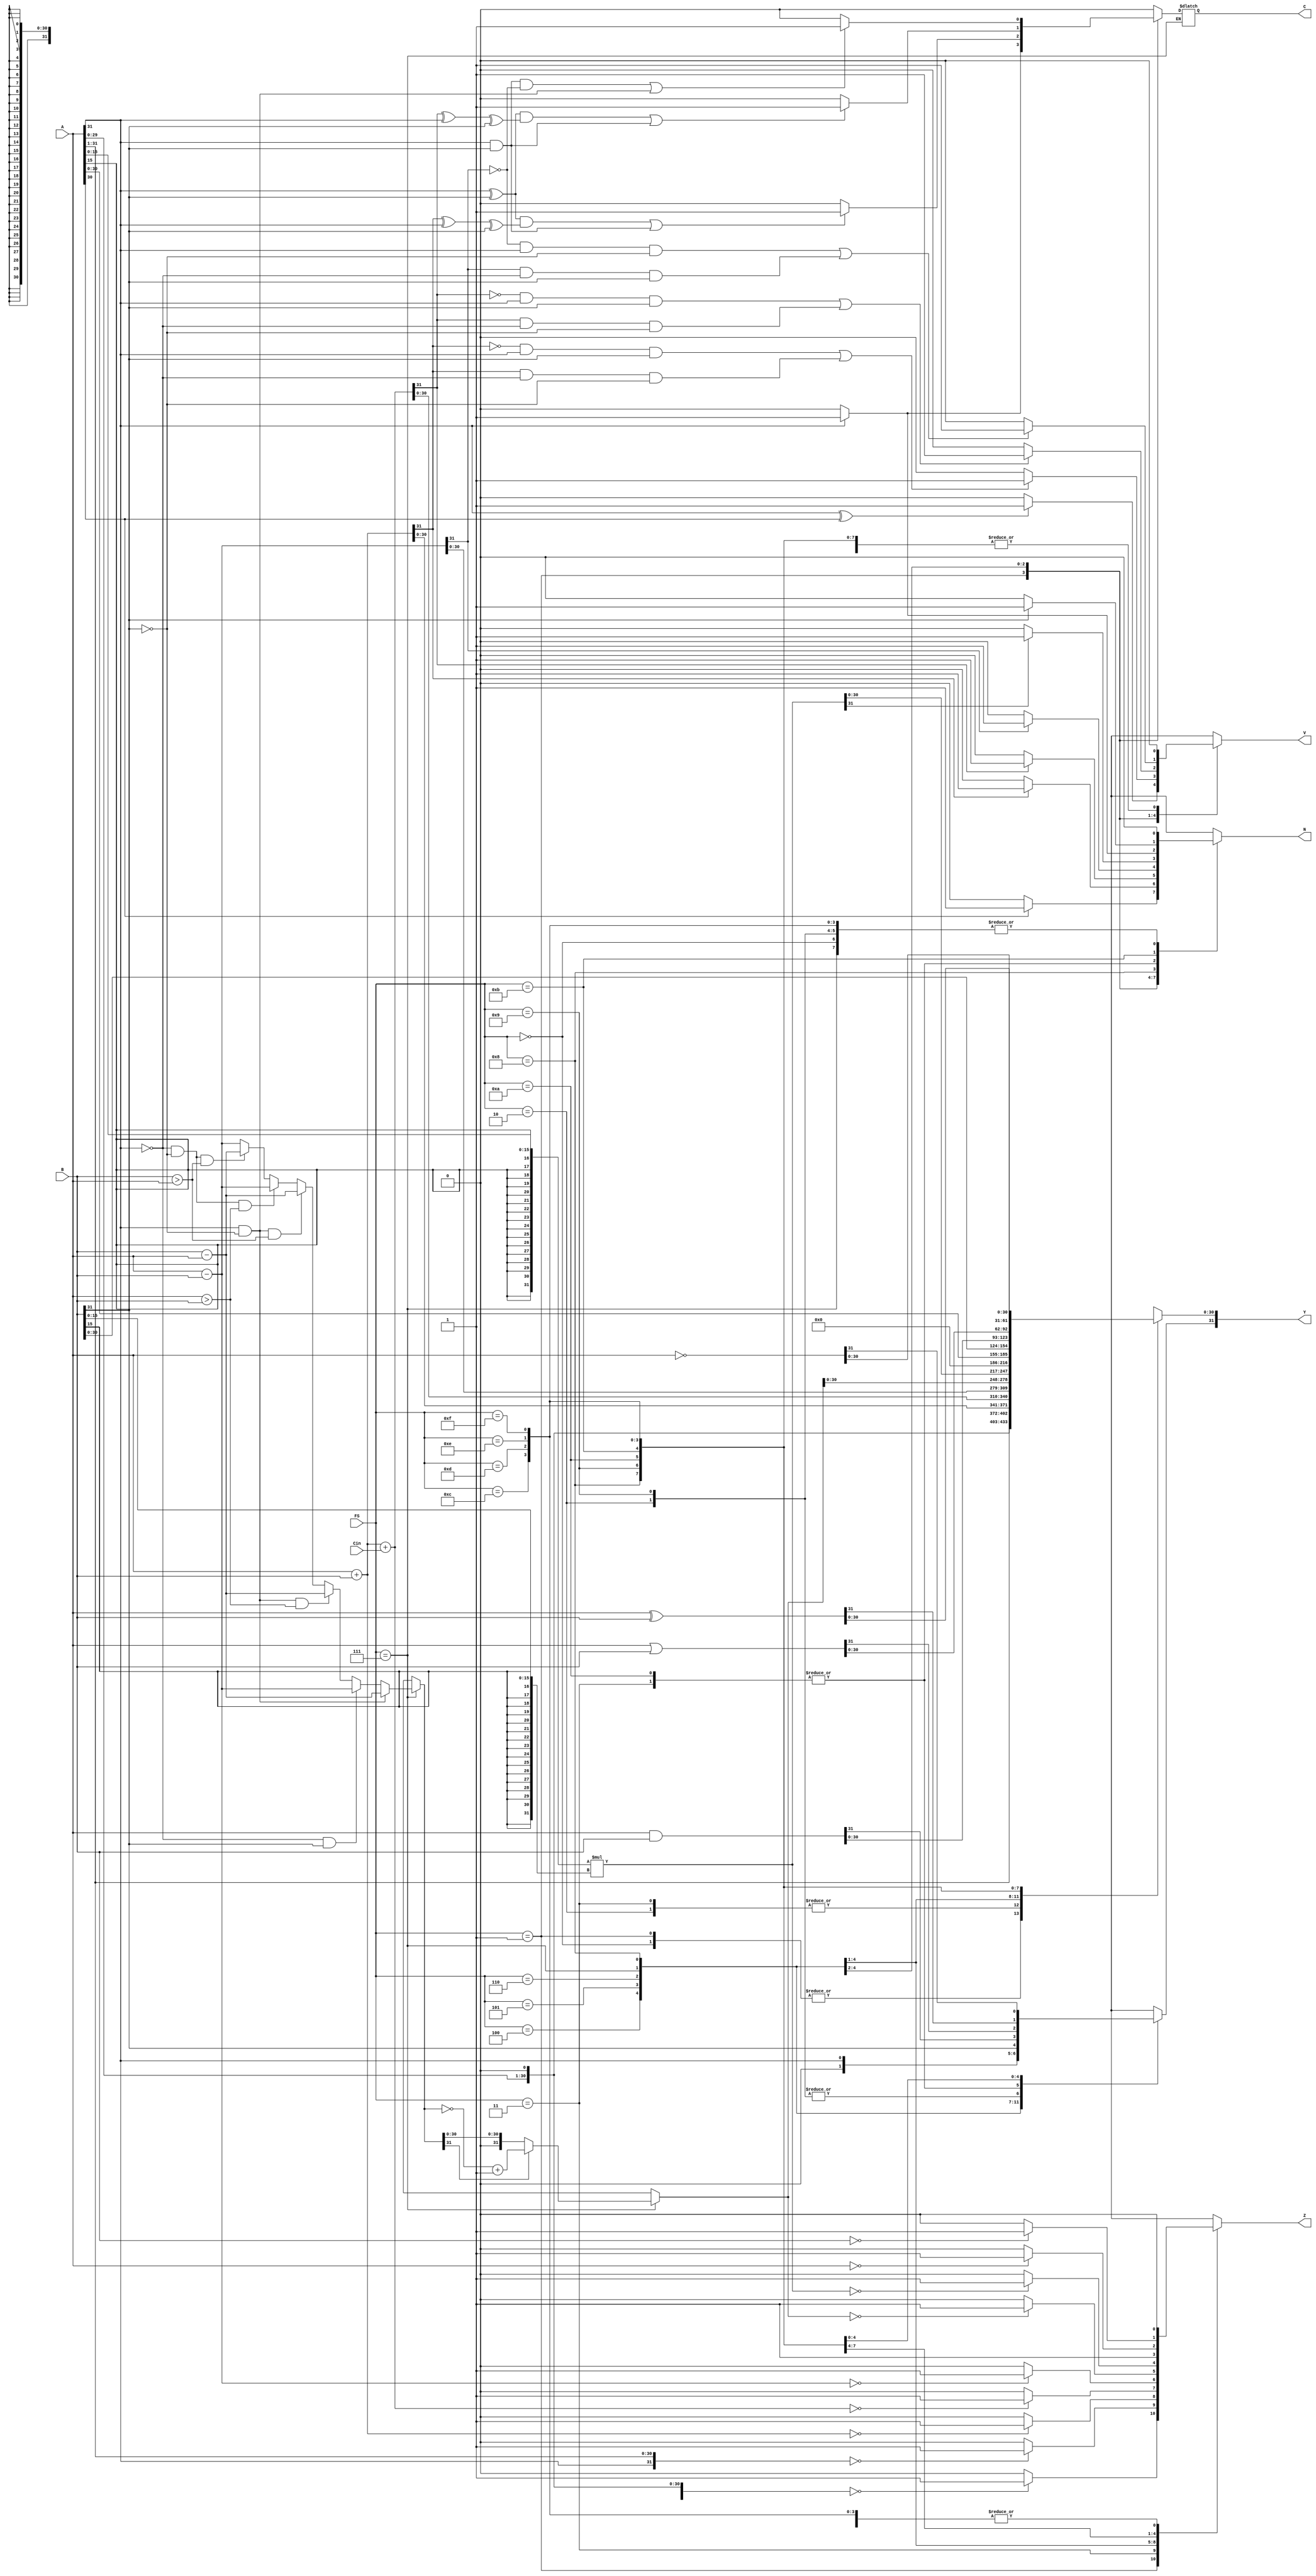
module ALU( A,B, Cin,FS, Y, N, C, V, Z); 

	input [31:0] A,B; 
	input Cin; 
	input [3:0] FS;
    
	output reg signed [31:0] Y;
	output reg N;
	output reg C;
	output reg V;
	output reg Z;
	
	wire [31:0] A_tmp;
	wire [31:0] B_tmp;
  
	assign A_tmp = { A[15], A[15], A[15], A[15],
							A[15], A[15], A[15], A[15],
							A[15], A[15], A[15], A[15],
							A[15], A[15], A[15], A[15],
							A[15:0] };          
			assign B_tmp = { B[15], B[15], B[15], B[15],
							B[15], B[15], B[15], B[15],
							B[15], B[15], B[15], B[15],
							B[15], B[15], B[15], B[15],
							B[15:0] };        

	always @(*) begin
	  case(FS)
	    //0000
		4'b0000:
		begin 
			Y = A << 1'b1 ;
			N = 1'b0;
			C = 1'b0;
			V = 1'b0;
			Z = 1'b0;
		end
		
		//0001
		4'b0001: 
		begin 
			Y = A <<< 1'b1;
			
			N = 1'b0;
			if (Y[31] == 1'b1) begin   
			N = 1'b1;
			end
			
			C= 1'b0;
			if (A[31] == 1'b1) begin       
			C = 1'b1;
			end		
				
			V= 1'b0;
			if (  (A[31] ^ A[30]) == 1'b1 ) begin
			V= 1'b1;
			end	
				
			Z= 1'b0;
			if (Y == 4'b0000) begin
				Z = 1'b1;
			end	
		end
		
		//0010	
		4'b0010:
		begin 
			Y = A >> 1'b1;
			N = 1'b0;
			C = 1'b0;
			V = 1'b0;
			Z = 1'b0;
		end
		
		//0011
		4'b0011: 
		begin 
			
			Y = A >>> 1'b1;
			Y[31] = A[31];     
			
			N = 1'b0;
			if (A[31] == 1'b1) begin
			N = 1'b1;
			end
			
			C= 1'b0;begin
			end
			
			V= 1'b0; begin
			end	
		
			Z= 1'b0;
			if (Y == 32'h0000_0000) begin
			Z = 1'b1;
			end	
			
		end
		
		//0100
		4'b0100: 
		begin 
			Y = A + B;
			
			N = 1'b0;
			if (Y[31] == 1'b1) begin
			N = 1'b1;
			end
			
			C= 1'b0;
			if (  (A[31]^B[31]==1'b1) & (Y[31]^A[31]^B[31])==1'b1 | (A[31] & B[31])==1'b1 ) begin 
			C = 1'b1;
			end
		
			V= 1'b0;
			if ( (Y[31]==1'b0 &  A[31]==1'b1 & B[31]==1'b1 )| (Y[31]==1'b1 &  A[31]==1'b0 & B[31]==1'b0 ) ) begin 
			V = 1'b1;
			end
			
			Z= 1'b0;
			if (Y == 32'h0000_0000) begin
			Z = 1'b1;
			end	
			
		end
		
		//0101
		4'b0101: 
		begin 
			
			
			Y = A + B + Cin;
			
			
			
			N = 1'b0;
			if (Y[31] == 1'b1) begin  
			N = 1'b1;
			end
			
			C= 1'b0;
			if (  (A[31]^B[31]==1'b1) & (Y[31]^A[31]^B[31])==1'b1 | (A[31] & B[31])==1'b1 ) begin
			C = 1'b1;
			end			
			
			V= 1'b0;
			if ( (Y[31]==1'b0 &  A[31]==1'b1 & B[31]==1'b1 )| (Y[31]==1'b1 &  A[31]==1'b0 & B[31]==1'b0 ) ) begin   
			V = 1'b1;
			end
				
			Z= 1'b0;
			if (Y == 32'h0000_0000) begin    
			Z = 1'b1;
			end	
			
		end
		
		//0110
		4'b0110: 
		begin 
			Y = A - B;
			
			N = 1'b0;
			if (Y[31] == 1'b1) begin
			N = 1'b1;
			end
				
			C= 1'b0;                            
			if (  (A[31]& B[31]& Y[31]==1'b0) | A[31]==1'b1 & B[31]==1'b1 & Y[31]==1'b0 | A[31]==1'b1 & B[31]==1'b0 ) begin     
			C = 1'b1;
			end			
			
			
			V= 1'b0;
			if ( (Y[31]==1'b0 &  A[31]==1'b1 & B[31]==1'b0 )| (Y[31]==1'b1 &  A[31]==1'b0 & B[31]==1'b1 ) ) begin		
			V= 1'b1;
			end	
			
			
			Z= 1'b0;
			if (Y == 32'h0000_0000) begin
			Z = 1'b1;
			end	
			
		end
		
		//0111
		4'b0111: 
		begin 
			
		
			Y = A - B;       			
			if (A[31]==1'b1 & B[31]==1'b0) begin
			Y = B - A;
			end else if (A[31]==1'b0 & B[31]==1'b1) begin
			Y = A - B;
			end else if (A[31]==1'b1 & B[31]==1'b0 & A > B ) begin 				 
			Y = B - A;
			end else if (A[31]==1'b1 & B[31]==1'b0 & B > A ) begin
			Y = B - A;
			end else if (A[31]==1'b0 & B[31]==1'b0 & A > B ) begin
			Y = A - B;
			end else if (A[31]==1'b0 & B[31]==1'b0 & B > A ) begin
			Y = B - A;
			end
			
			if (Y[31]==1'b1) begin                  
			Y = ~(Y) + 1'b1;
			end
			
			
			N = 1'b0;begin
			end
		
			V= 1'b0;begin	
			end	
				
				
			Z= 1'b0;
			if (Y == 32'h0000_0000) begin
			Z = 1'b1;
			end	
			
		end
		
		//1000
		4'b1000: 
		begin 
			  
			
			 
			Y = A_tmp * B_tmp;
			
			
			N = 1'b0;
			if (Y[31]) begin    
			N = 1'b1;
			end
			
			C= 1'b0; begin                            
			end		
			
			
			V= 1'b0; begin                            
			end	
				
			Z= 1'b0;
			if (Y == 32'h0000_0000) begin
			Z = 1'b1;
			end	
			
		end
		
		//1001
		4'b1001: 
		begin 
			Y = 32'd0;
			
			N = 1'b0;
			if (Y[31] == 1'b1) begin
			N = 1'b1;
			end
				
			C = 1'b0;
			
			V = 1'b0;
			
			Z= 1'b0;
			if (Y == 32'h0000_0000) begin
			Z = 1'b1;
			end	
			
		end
		
		//1010
		4'b1010: 
		begin 
			Y = A;
			
			N = 1'b0;
			if (Y[31] == 1'b1) begin
			N = 1'b1;
			end
				
			C = 1'b0;
			
			V = 1'b0;
			
			Z= 1'b0;
			if (Y == 32'h0000_0000) begin
			Z = 1'b1;
			end	
			
		end
		
		//1011
		4'b1011: 
		begin 
			Y = B;
			
			N = 1'b0;
			if (Y[31] == 1'b1) begin
			N = 1'b1;
			end
				
			C = 1'b0;
			
			V = 1'b0;
			
			Z= 1'b0;
			if (Y == 32'h0000_0000) begin
			Z = 1'b1;
			end	
			
		end
		
		//1111
		4'b1100: 
		begin 
			Y = A & B;
			N = 1'b0;
			C = 1'b0;
			V = 1'b0;
			Z = 1'b0;
		end
		
		4'b1101: 
		begin 
			Y = A | B;
			N = 1'b0;
			C = 1'b0;
			V = 1'b0;
			Z = 1'b0;
		end
		
		4'b1110: 
		begin 
			Y = A ^ B;
			N = 1'b0;
			C = 1'b0;
			V = 1'b0;
			Z = 1'b0;
		end
		
		4'b1111: 
		begin 
			Y = ~A;
			N = 1'b0;
			C = 1'b0;
			V = 1'b0;
			Z = 1'b0;
		end
	
	  endcase
	end
endmodule
module add_sub(A, B, mode, Cin, Cout, Y);
  parameter n = 32;
  input mode, A, B, Cin;
  output Cout, Y;

  wire mode, Cin, Cout;
  wire [n-1:0] A, B, Bx, Y;
  wire [n:0] C;

  assign C[0] = mode | Cin;
  assign Bx = B ^ {n{mode}};
  assign Y = A ^ Bx ^ C[n-1:0];
  assign C[n:1] = A & Bx | A & C[n-1:0] | Bx & C[n-1:0];
  assign Cout = C[n];
 
endmodule